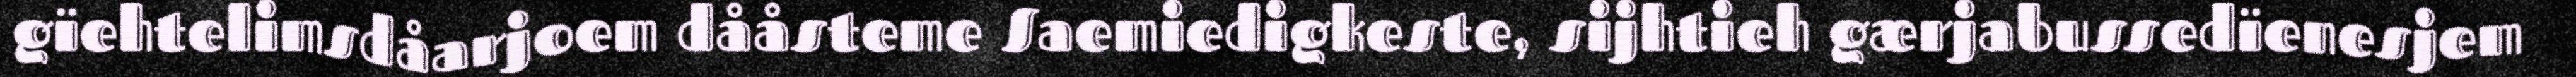
gïehtelimsdåarjoem dååsteme Saemiedigkeste, sijhtieh gærjabussedïenesjem